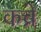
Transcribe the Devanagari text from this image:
कच्रे